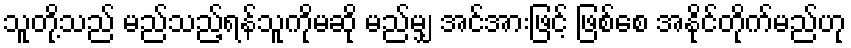
သူတို့သည် မည်သည့်ရန်သူကိုမဆို မည်မျှ အင်အားဖြင့် ဖြစ်စေ အနိုင်တိုက်မည်ဟု